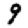
Digit: 9